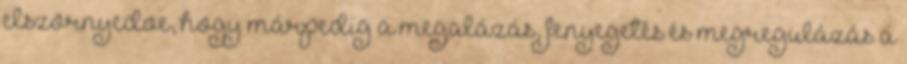
elszörnyedve, hogy márpedig a megalázás, fenyegetés és megregulázás a